Civil Veterinary Dept. Bombay admin report 1914-1922 - 1914-1922
Year: 1914
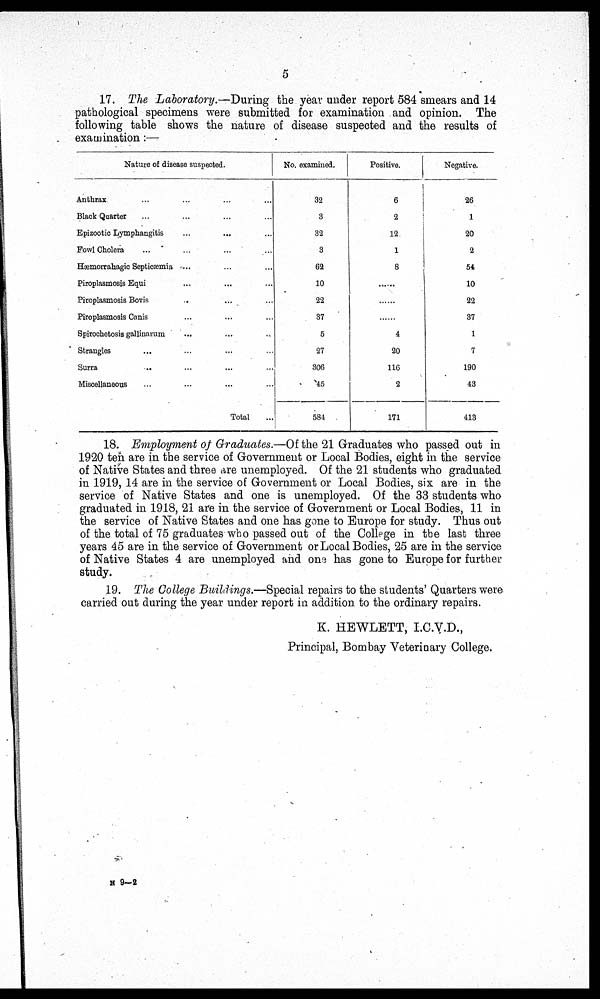
5
17. The Laboratory.—During the year under report 584 smears and 14
pathological specimens were submitted for examination and opinion. The
following table shows the nature of disease suspected and the results of
examination:—
Nature of disease suspected.
Anthrax ... ... ... ...
Black Quarter ... ... ...
Epizootic Lymphangitis ... ... ...
Fowl Cholera ... ... ... ...
Hæmorrahagic Septicæmia ... ... ...
Piroplasmosis Equi ... ... ...
Piroplasmosis Bovis ... ... ...
Piroplasmosis Canis ... ... ...
Spirochetosis gallinarum ... ... ...
Strangles ... ... ... ...
Surra ... ... ... ...
Miscellaneous ... ... ... ...
Total
No. examined.
32
3
32
3
62
10
22
37
5
27
306
45
584
Positive.
6
2
12
1
8
......
......
......
4
20
116
2
171
Negative.
26
1
20
2
54
10
22
37
1
7
190
43
413
18. Employment of Graduates.—Of the 21 Graduates who passed out in
1920 ten are in the service of Government or Local Bodies, eight in the service
of Native States and three are unemployed. Of the 21 students who graduated
in 1919, 14 are in the service of Government or Local Bodies, six are in the
service of Native States and one is unemployed. Of the 33 students who
graduated in 1918, 21 are in the service of Government or Local Bodies, 11 in
the service of Native States and one has gone to Europe for study. Thus out
of the total of 75 graduates who passed out of the College in the last three
years 45 are in the service of Government or Local Bodies, 25 are in the service
of Native States 4 are unemployed and one has gone to Europe for further
study.
19. The College Buildings.—Special repairs to the students' Quarters were
carried out during the year under report in addition to the ordinary repairs.
K. HEWLETT, I.C.V.D.,
Principal, Bombay Veterinary College.
N 9—2